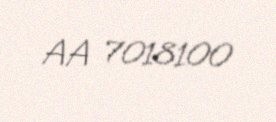
AA 7018100